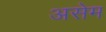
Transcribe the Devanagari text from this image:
असेम